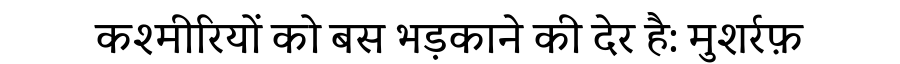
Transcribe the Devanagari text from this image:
कश्मीरियों को बस भड़काने की देर है: मुशर्रफ़